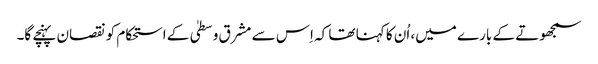
سمجھوتے کے بارے میں، اُن کا کہنا تھا کہ اِس سے مشرق وسطیٰ کے استحکام کو نقصان پہنچے گا۔